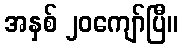
အနှစ် ၂၀ကျော်ပြီ။